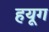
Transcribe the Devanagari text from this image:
हयूग